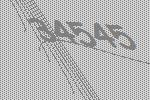
34545